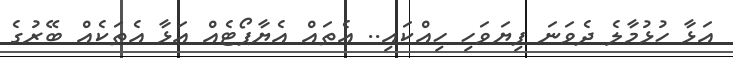
އަޅާ ހުޅުމާލެ ދެވަނަ ފިޔަވަހި ހިއްކައި.. އެތައް އެޔާޕޯޓެއް އަޅާ އެތަކެއް ބޭރުގެ